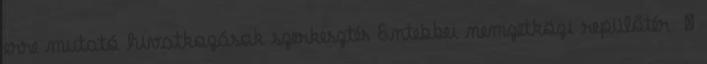
erre mutató hivatkozások szerkesztés Entebbei nemzetközi repülőtér ‎ ←